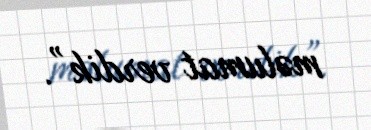
məlumat verdik”.